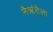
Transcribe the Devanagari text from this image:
नैर्ऋतेला